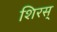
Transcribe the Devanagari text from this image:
शिरस्